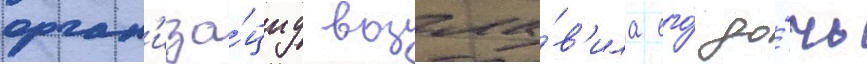
орган'иза́циу возгла́в'ила его́ до́чь